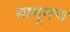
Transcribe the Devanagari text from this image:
मागूनच